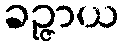
ခဉ္ဇာယ